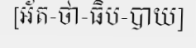
[អ័ត-ថា-ធិប-បាយ]